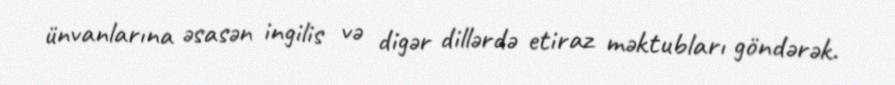
ünvanlarına əsasən ingilis və digər dillərdə etiraz məktubları göndərək.